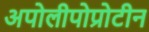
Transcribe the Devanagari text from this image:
अपोलीपोप्रोटीन